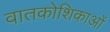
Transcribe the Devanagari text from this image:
वातकोशिकाओं